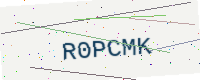
Text: R0PCMK